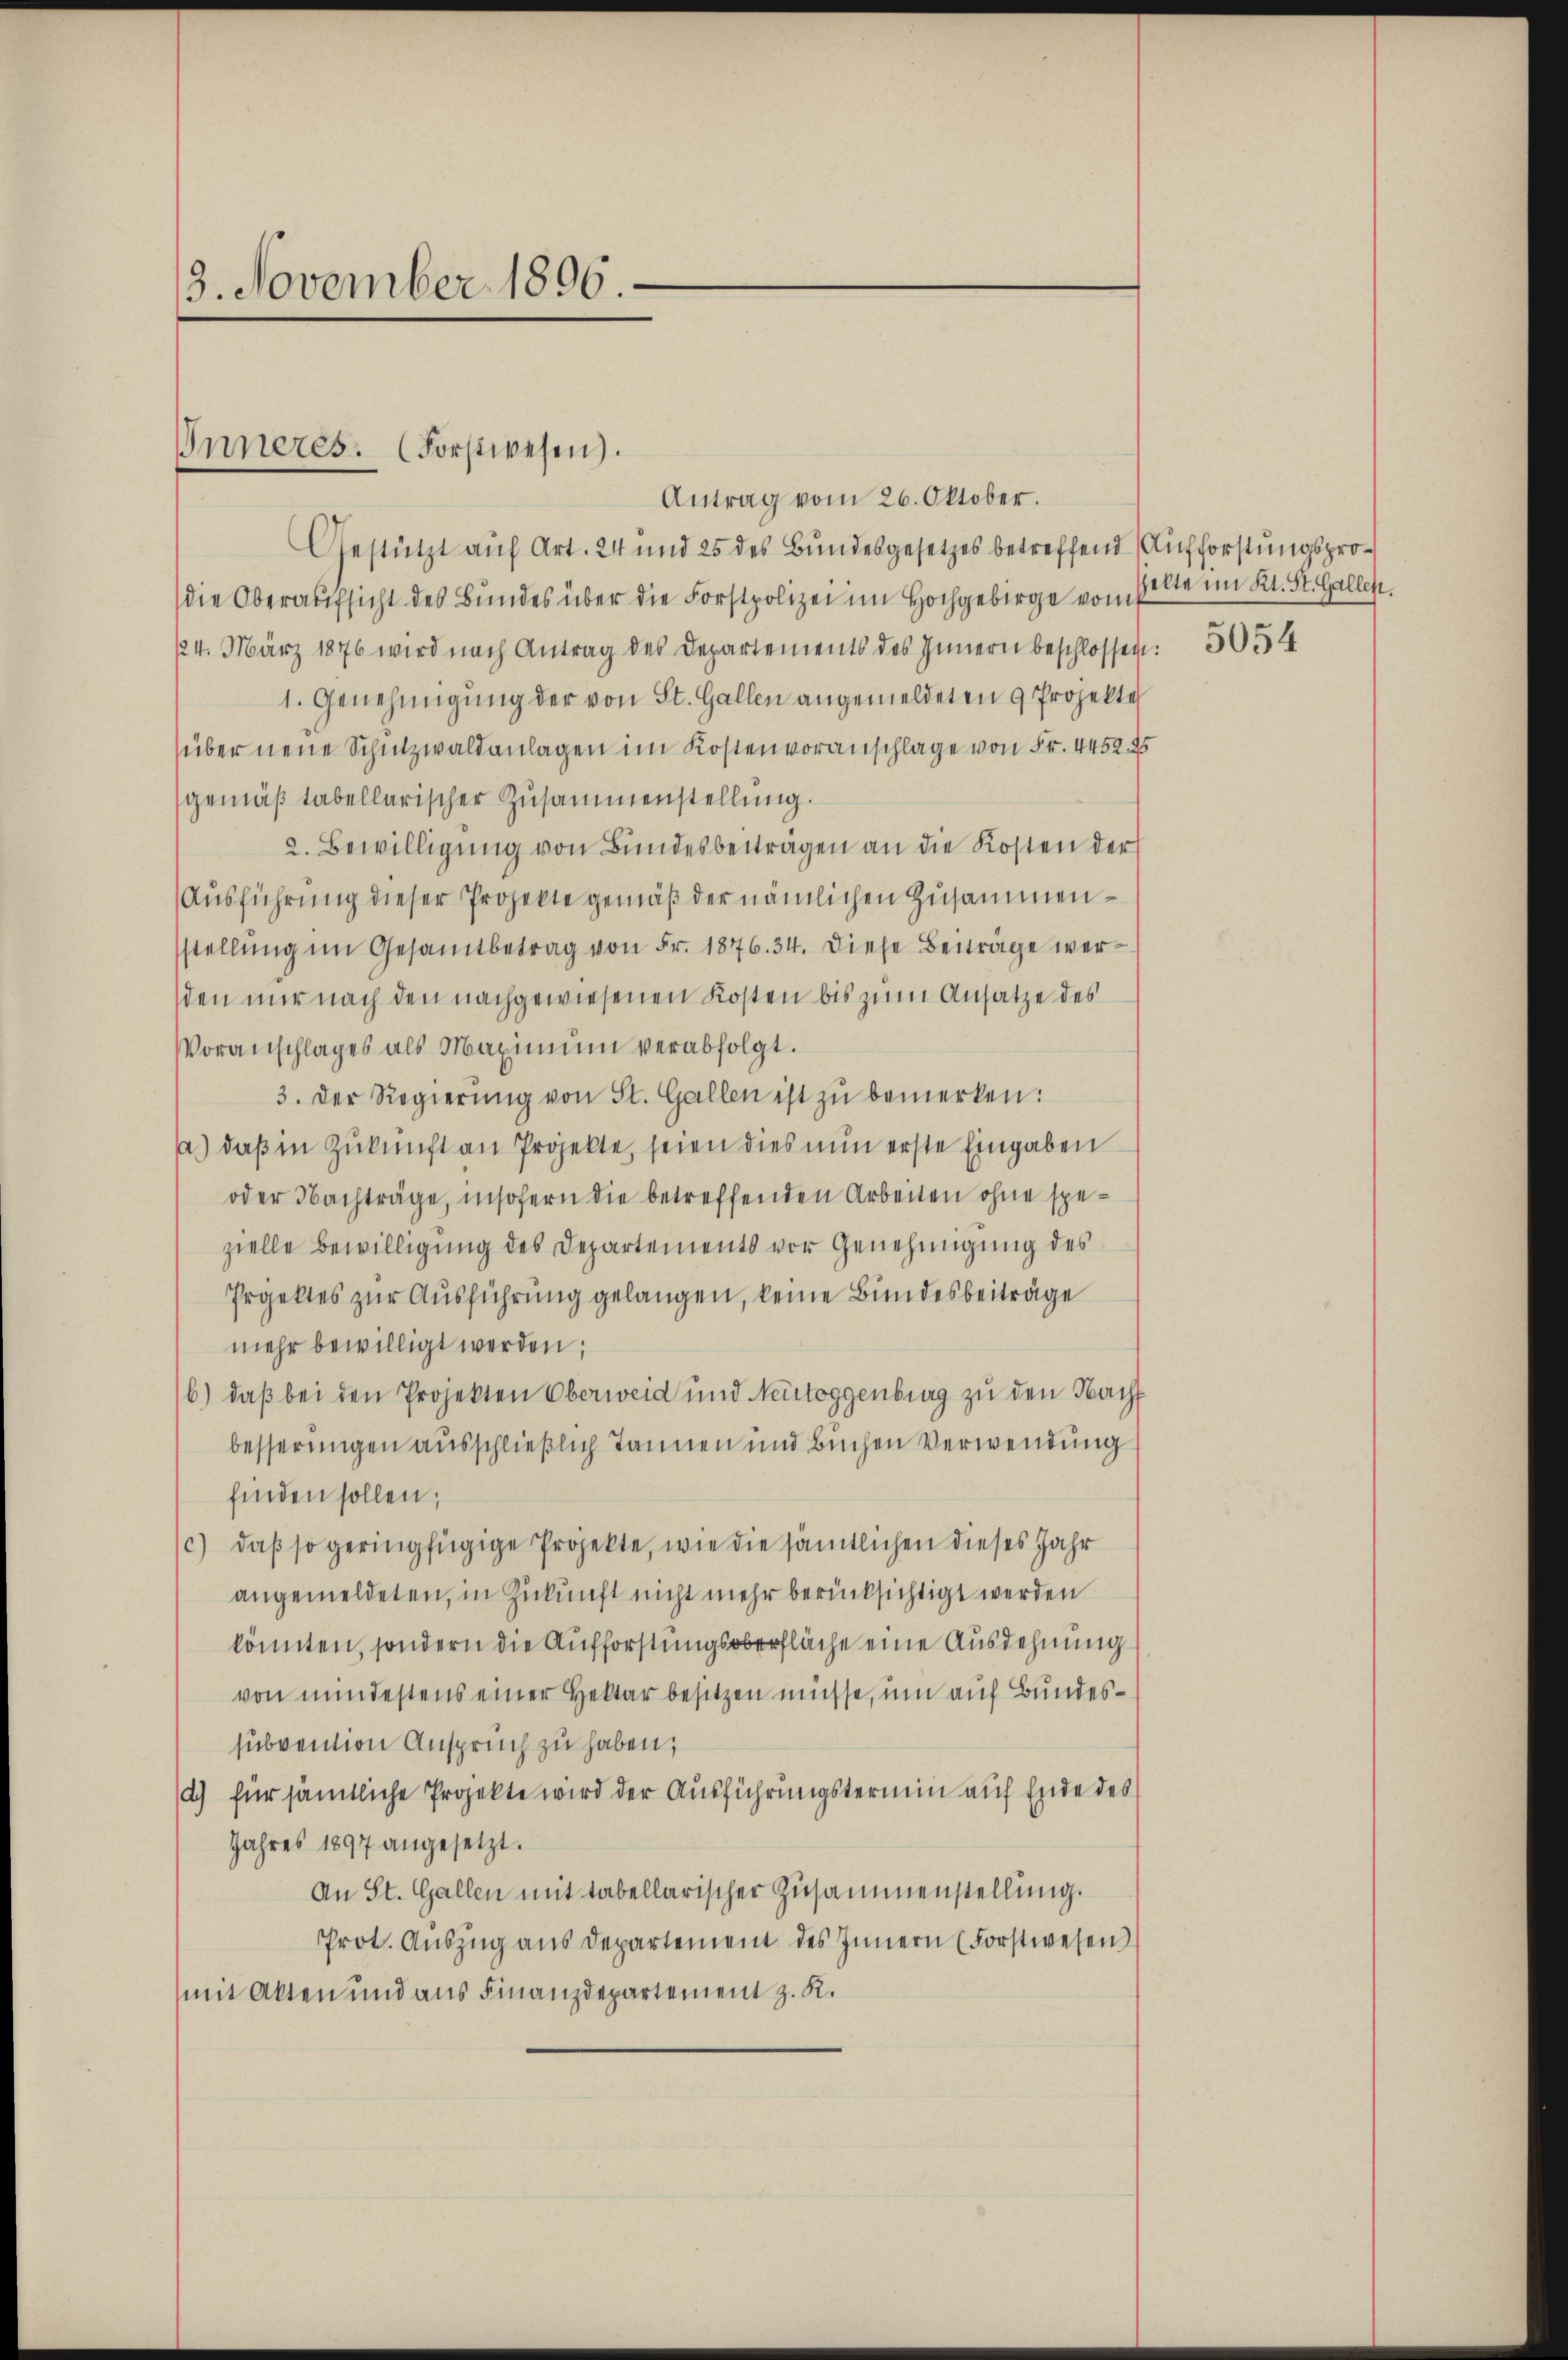
3. November 1896.

Antrag vom 26. Oktober.
Gestützt auf Art. 24 und 25 des Bundesgesetzes betreffend Aufforstungspro¬
(die Oberaufsicht des Bundes über die Forstpolizei im Hochgebirge vom
124. März 1876 wird nach Antrag des Departements des Innern beschlossen:
1. Genehmigung der von St. Gallen angemeldeten 9 Projektes
über neue Schulzwaldanlagen im Kostenvoranschlage von Fr. 4452. 25
gemäß tabellarischer Zusammenstellung.
2. Bewilligung von Bundesbeiträgen an die Kosten der
Ausführung dieser Projekte gemäß der nämlichen Zusammenstellung im Gesamtbetrag von Fr. 1876. 34. Diese Beiträge werden nur nach den nachgewiesenen Kosten bis zum Ansatze des
Voranschlages als Maximum verabfolgt.
3. Der Regierŭng von St. Gallen ist zu bemerken:
a.) daß in Zukunft an Projekte, seien dies nun erste Eingaben
oder Nachträge, insofern die betreffenden Arbeiten ohne spezielle Bewilligung des Departements vor Genehmigung des
Prjektes zur Ausführung gelangen, keine Bundesbeiträge
mehr bewilligt werden;
b.) daß bei den Projekten Oberweid und Neutoggenburg zu den Nacht
besserungen ausschließlich Tannen und Buchen Verwendung
finden sollen;
c) daß so geringfügige Projekte, wie die sämtlichen dieses Jahr
angemeldeten, in Zukunft nicht mehr berücksichtigt werden
könnten, sondern die Aufforstungsoberfläche eine Ausdehnung
von mindestens einer Heltar besitzen müsse, um auf Bundessubvention Anspruch zu haben,
d.) für sämtliche Projekte wird der Ausführungstermin auf Ende des
Jahres 1897 angesetzt.
An St. Gallen mit tabellarischer Zusammenstellung.
Prot. Aŭszŭg aŭs departement des Innern (Forstwesen
mit Akten und aus Finanzdepartement z. R.

Inneres. (Forstwesen).

selte im Kt. St. Gallen.
5054